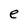
Character: e